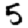
Digit: 5